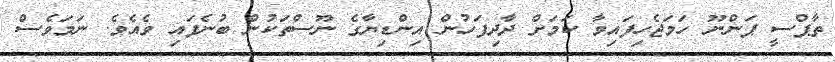
ތާޕްސީ ޕަންނޫ ހަމަޖެހިފައިވާ ކަމަށް ދާދިފަހުން އިންޑިޔާގެ ނޫސްތަކުން ބުނެފައި ވެއެވެ. ނަމަވެސް